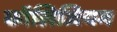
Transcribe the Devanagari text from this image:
कॉलिजियम